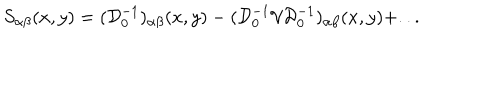
S _ { \alpha \beta } ( x , y ) = ( { \mathcal D } _ { 0 } ^ { - 1 } ) _ { \alpha \beta } ( x , y ) - ( { \mathcal D } _ { 0 } ^ { - 1 } { \mathcal V } { \mathcal D } _ { 0 } ^ { - 1 } ) _ { \alpha \beta } ( x , y ) + . . .